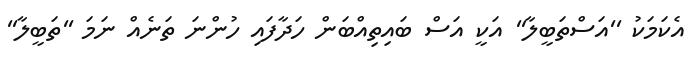
އެކަމަކު ''އަސްތަބީލާ'' އަކީ އަސް ބައިތިއްބަން ހަދާފައި ހުންނަ ތަނެއް ނަމަ ''ތަބީލާ''